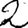
Digit: 2